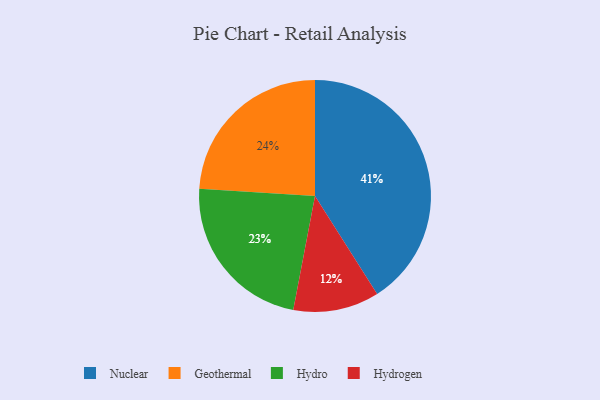
{"axis": {"x": "Category", "y": "Percentage"}, "legend": ["Geothermal", "Hydro", "Hydrogen", "Nuclear"], "data": [{"x": "Hydrogen", "y": 12, "type": "Hydrogen"}, {"x": "Hydro", "y": 23, "type": "Hydro"}, {"x": "Nuclear", "y": 41, "type": "Nuclear"}, {"x": "Geothermal", "y": 24, "type": "Geothermal"}]}